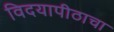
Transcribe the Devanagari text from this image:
विदयापीठाचा